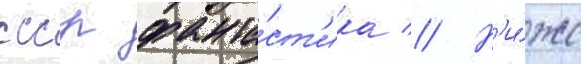
ссср фанта́ст'ика // Н'и́же